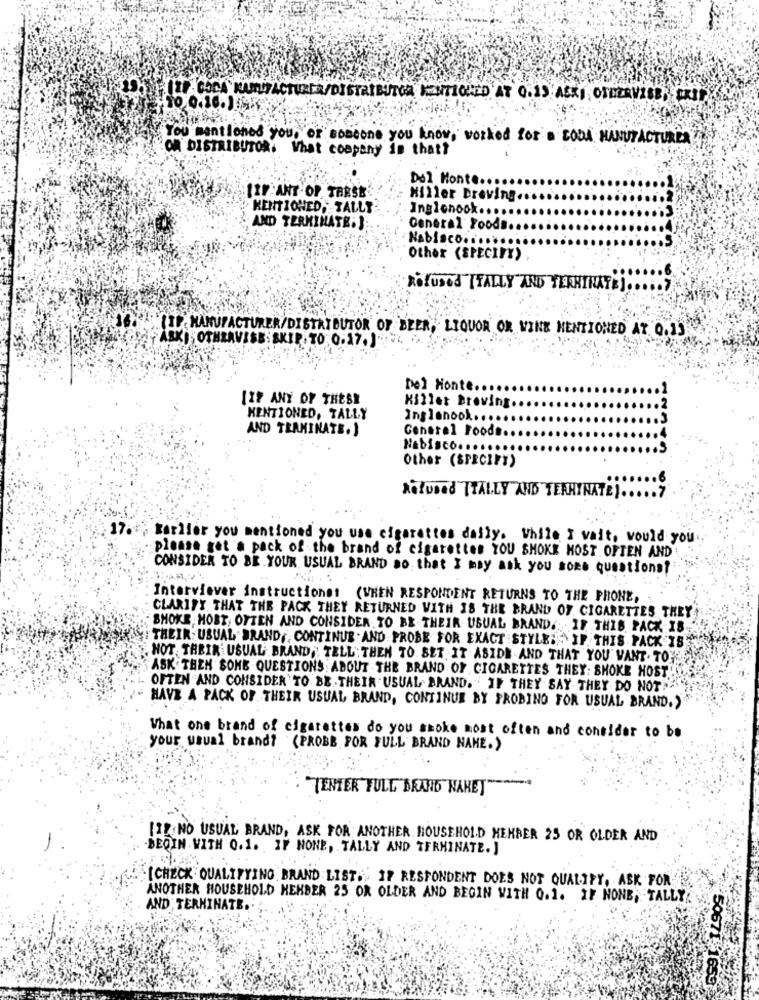
You mentioned you, or someone you know, worked for a CODA MANUFACTURER
OR DISTRIBUTOR. What company is that?
Del Monte ....
IIF ANT OF TARSE
Hiller Dreving ..
MENTIONED, TALLY
Inglonook .....
; AND TERMINATE: )
General Foods ..
Nabisco .....
Other (SPECIFY)
Refused [TALLY AND TERMINATE] .....
(IP: MANUFACTURER/DISTRIBUTOR OF BEER, LIQUOR OR WINE MENTIONED AT 0.15
ASKI OTHRAVISE: SKIP. TO 0.17.)"
Del Monte
[IF ANY OF THESE
Killer Breving.
MENTIONED, TALLY
Inglenook ..
AND TRAMINATE.)
Generel Foods.
Nabisco ....
Other (SPECIFY)
Refused TTALLY AND TEKHYNATE) ..... 7
17 .; Earlier you mentioned you use cigarettes daily. While I vait, would you
please get'a pack of the brand of cigarettes YOU SMOKE MOST OFTEN AND!
CONSIDER TO BE YOUR USUAL BRAND Do that I may ask you some questions?
Interviever instructionet (WHEN RESPONDENT RETURNS TO THE PHONE,
CLARIFY THAT THE PACK THEY RETURNED WITH IS THE BRAND OF CIGARETTES THEY
SMOKE HOBE, OFTEN AND CONSIDER. TO BE. THEIR. USUAL BRAND. IF THIS PACK IS
THEIR USUAL.BRAND, CONTINUE .AND PROBE FOR EXACT STYLE: IF THIS PACK IS
HOT. THEIR USUAL BRAND, TELL: THEN TO. SET IT. ASIDE AND THAT YOU" VANT. TOY
ASK. THEN SOME QUESTIONS ABOUT THE BRAND OF CIGARETTES THEY: SHOKE HOST
OFTEN AND CONSIDER TO BE. THEIR USUAL, BRAND. IF THEY SAY THEY DO NOT"
HAVE A PACK OF THEIR USUAL BRAND, CONTINUE BY PROBING FOR USUAL BRAND."
What one brand of cigarettes do you smoke most often and consider to be
your usual brand? (PROBE POR FULL BRAND NAME.)
TENTER TULL BRAND NAHET"
IIT NO USUAL BRAND, ASK FOR ANOTHER HOUSEHOLD MEMBER 25 OR OLDER AND
BEQIN WITH 0.1. IF NONE, TALLY AND TERMINATE. ]
[CHECK QUALIFYING BRAND LIST." 17 RESPONDENT DOES NOT QUALIFY, ASK FOR
ANOTHER HOUSEHOLD HEHBER 25 OR OLDER AND BEGIN WITH 0.1. IF NONE; TALLY
AND TERMINATE.
50671.1659